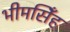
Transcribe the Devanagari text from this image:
भीमसिँह